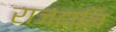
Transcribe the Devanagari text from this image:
राजदानि